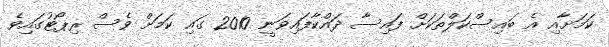
ކަމަށާއި އެ ބައިސްކަލްތަކަށް ފައިސާ ދައްކާފައިވަނީ 2010 ގައި ކަމަށް ވެސް ރިޕޯޓުގައިވެ